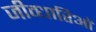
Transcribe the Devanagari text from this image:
जीव्धारिओं